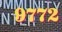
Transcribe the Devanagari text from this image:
९७७२